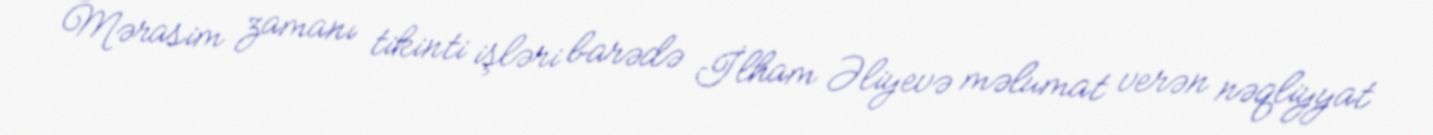
Mərasim zamanı tikinti işləri barədə İlham Əliyevə məlumat verən nəqliyyat